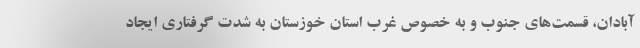
آبادان، قسمت‌های جنوب و به خصوص غرب استان خوزستان به شدت گرفتاری ایجاد